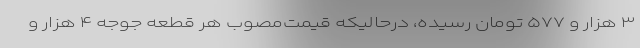
۳ هزار و ۵۷۷ تومان رسیده، درحالیکه قیمت‌مصوب هر قطعه جوجه ۴ هزار و